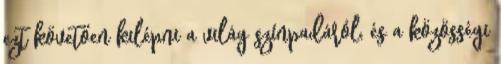
ezt követően kilépni a világ színpadáról, és a közösségi